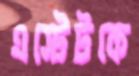
এস্টেটকে